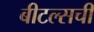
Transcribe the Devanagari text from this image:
बीटल्सची